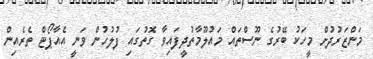
މަންޒަރުދުށް މީހަކު ބޭރުގެ ނޫސްތައް މައުލޫމާތުދީފައިވާ ގޮތުގައި ފުލުހުން ވަނީ އެއާޕޯޓް ތެރެއިން